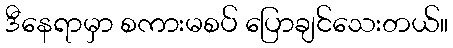
ဒီနေရာမှာ စကားမစပ် ပြောချင်သေးတယ်။